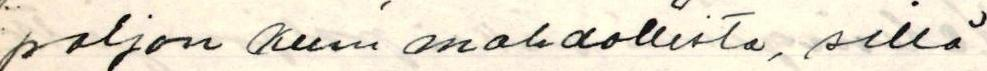
paljon kuin mahdollista, sillä